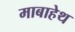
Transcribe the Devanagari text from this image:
माबाहेथ